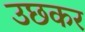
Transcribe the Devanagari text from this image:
उछकर